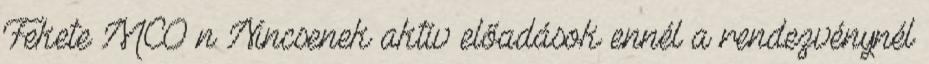
Fekete MCO n Nincsenek aktív előadások ennél a rendezvénynél